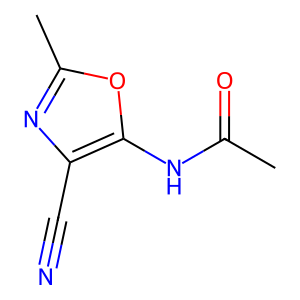
SMILES: CC(=O)Nc1oc(C)nc1C#N
Inhibits HIV replication: No